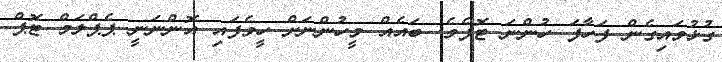
ގުޅުވައިގެން ފަހާފަ ހުންނަ ޓޮޕެވެ. ބައެއް މީހުންނަށް ހީވެފައި އޮންނަނީ ޕެޕްލަމް ޓޮޕް